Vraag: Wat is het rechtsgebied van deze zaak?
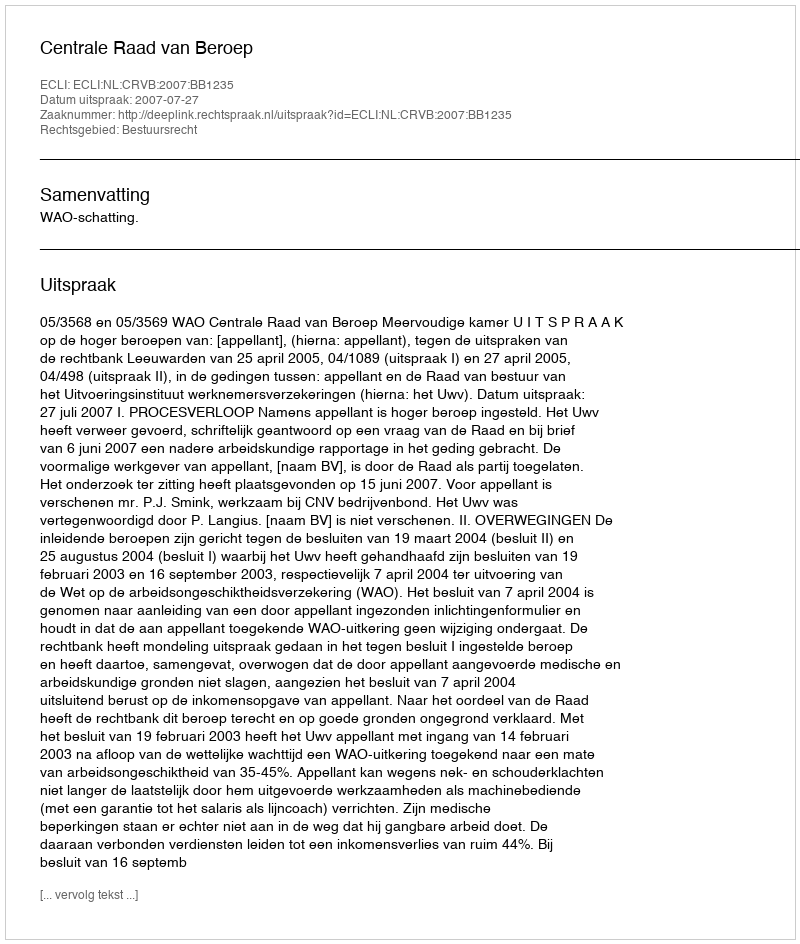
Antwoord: Bestuursrecht